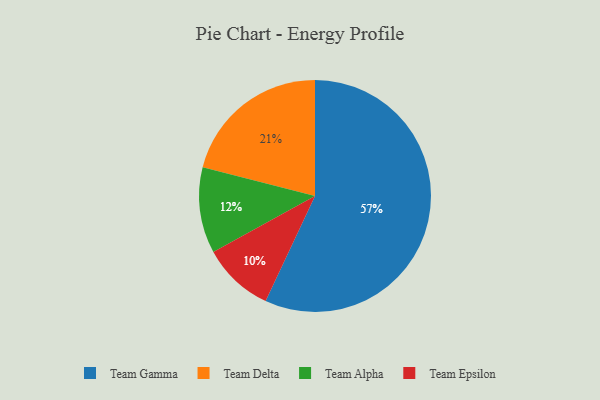
{"axis": {"x": "Category", "y": "Percentage"}, "legend": ["Team Alpha", "Team Delta", "Team Epsilon", "Team Gamma"], "data": [{"x": "Team Epsilon", "y": 10, "type": "Team Epsilon"}, {"x": "Team Alpha", "y": 12, "type": "Team Alpha"}, {"x": "Team Gamma", "y": 57, "type": "Team Gamma"}, {"x": "Team Delta", "y": 21, "type": "Team Delta"}]}